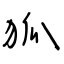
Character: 狐